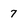
Character: 7